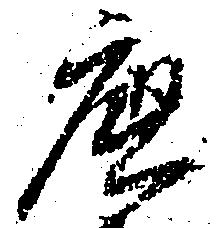
底